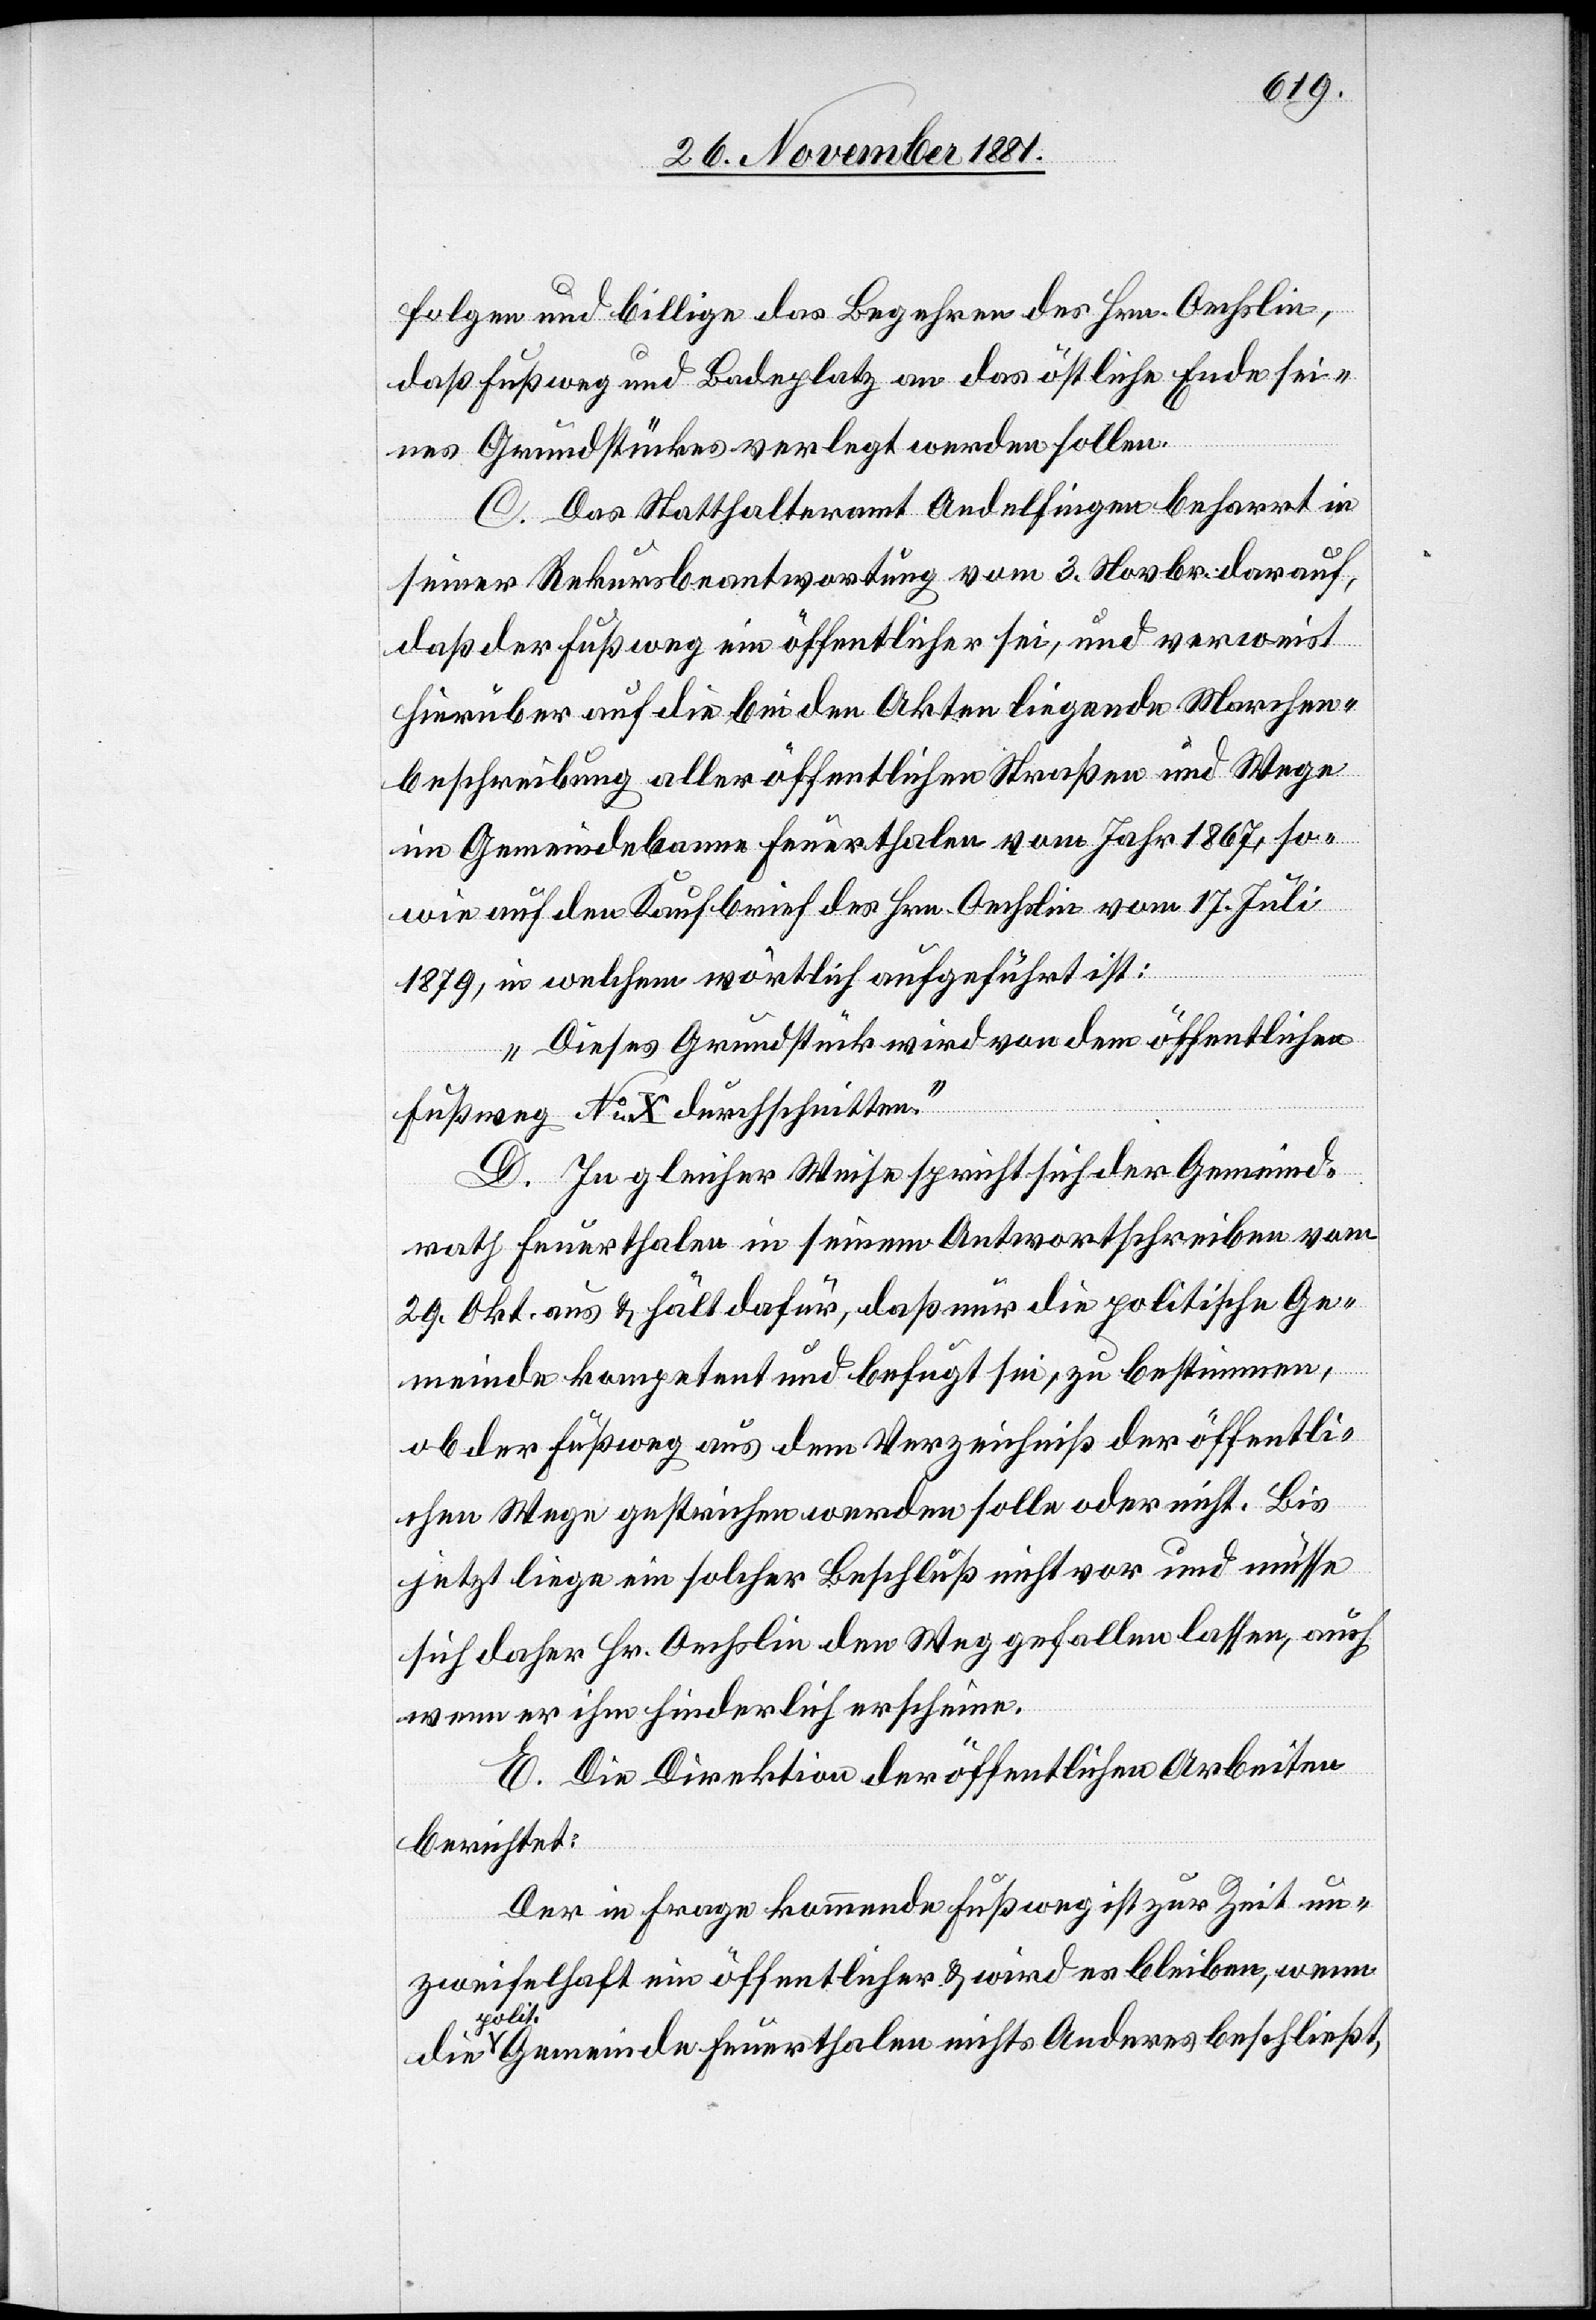
folgen und billigen das Begehren des Hrn. Oechslin,
daß Fußweg und Badeplatz an das östliche Ende sei¬
nes Grundstückes verlegt werden sollen.
C. Das Statthalteramt Andelfingen beharrt in
seiner Rekursbeantwortung vom 3. Novbr. darauf,
daß der Fußweg ein öffentlicher sei, und verweist
hierüber auf die bei den Akten liegende Marchen¬
beschreibung aller öffentlichen Straßen und Wege
im Gemeindebanne Feuerthalen vom Jahr 1867, so¬
wie auf den Kaufbrief des Hrn. Oechslin vom 17. Juli
die
1879, in welchem wörtlich aufgeführt ist:
„Dieses Grundstück wird von dem öffentlichen
Fußweg No X durchschnitten.“
D. In gleicher Weise spricht sich der Gemeind¬
rath Feuerthalen in seinem Antwortschreiben vom
29. Okt. aus & hält dafür, daß nur die politische Ge¬
meinde kompetent und befugt sei, zu bestimmen,
ob der Fußweg aus dem Verzeichnis der öffentli¬
chen Wege gestrichen werden solle oder nicht. Bis
jetzt liege ein solcher Beschluß nicht vor und müsse
sich daher Hr. Oechslin den Weg gefallen lassen, auch
wenn er ihm hinderlich erscheine.
E. Die Direktion der öffentlichen Arbeiten
berichtet:
Der in Frage kommende Fußweg ist zur Zeit un¬
zweifelhaft ein öffentlicher & wird es bleiben, wenn
pol¬
it. Gemeinde Feuerthalen nichts Anderes beschließt,